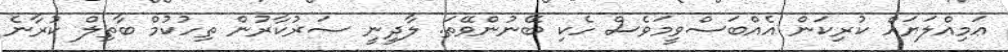
ޢަމިއްލަޔައް ކުރިކަން އެއްބަސްވީމަވެސް ހެކި ބޭނުންވޭތަ. ލާދީނީ ސަރުކާރުން ތިހުކުމް ބާތިލް ކުރާނެ